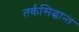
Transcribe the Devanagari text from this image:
तर्कसिद्धान्त